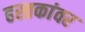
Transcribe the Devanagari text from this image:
हस्तकांवर